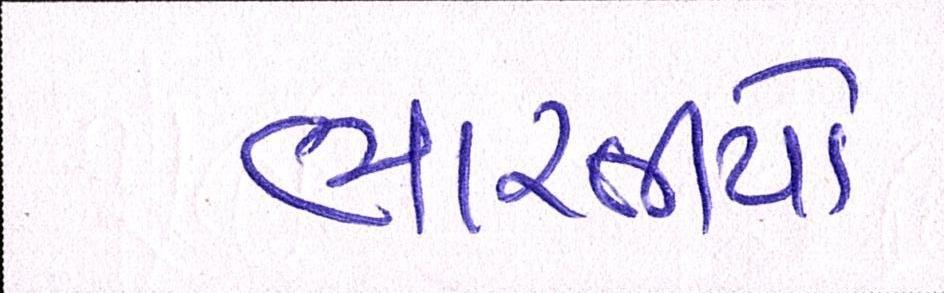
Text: ભારતીયો